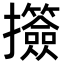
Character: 𢺅